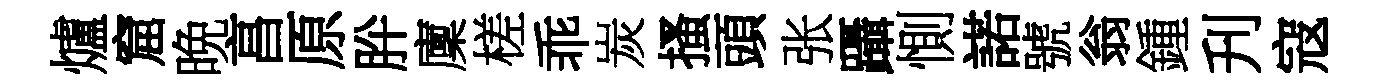
爐窟晩亯原肸廩槎乖炭搔頭张躡惻諾號翁鍾刋寇